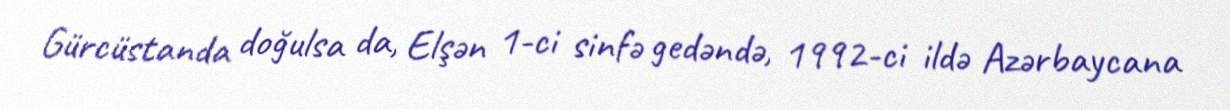
Gürcüstanda doğulsa da, Elşən 1-ci sinfə gedəndə, 1992-ci ildə Azərbaycana